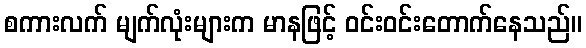
စကားလက် မျက်လုံးများက မာနဖြင့် ဝင်းဝင်းတောက်နေသည်။